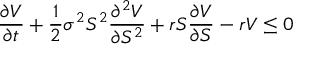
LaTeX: { \frac { \partial V } { \partial t } } + { \frac { 1 } { 2 } } \sigma ^ { 2 } S ^ { 2 } { \frac { \partial ^ { 2 } V } { \partial S ^ { 2 } } } + r S { \frac { \partial V } { \partial S } } - r V \leq 0